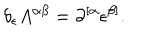
\delta _ { \epsilon } A ^ { \alpha \beta } = \partial ^ { [ \alpha } \epsilon ^ { \beta ] } .